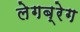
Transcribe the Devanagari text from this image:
लेगब्रेग